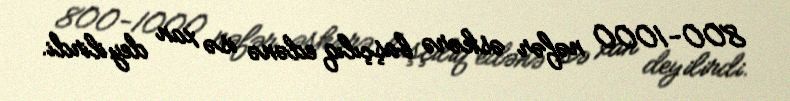
800-1000 nəfər əskərə başçılıq edənə isə xan deyilirdi.